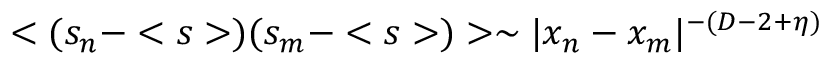
< ( s _ { n } - < s > ) ( s _ { m } - < s > ) > \sim | x _ { n } - x _ { m } | ^ { - ( D - 2 + \eta ) }